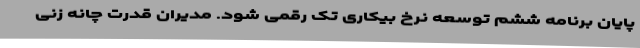
پایان برنامه ششم توسعه نرخ بیکاری تک رقمی شود. مدیران قدرت چانه زنی